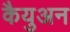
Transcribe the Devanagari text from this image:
कैयुअन